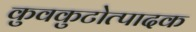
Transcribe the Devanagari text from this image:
कुवकुटोत्पादक